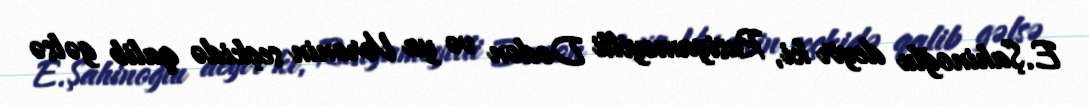
E.Şahinoğlu deyir ki, Rusiyameyilli Dodon və ya Voronin seçkidə qalib gəlsə